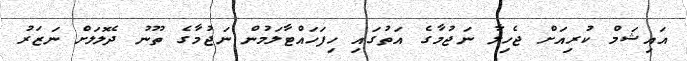
އައިޝަމް ކުރިއަށް ޖެހިލާ ނަޖުމާގެ އަތުގައި ހިފަހައްޓާލަމުން ނަޖުމާގެ ތޫނު ދެލޮލަށް ނަޒަރު